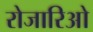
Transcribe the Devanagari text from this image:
रोजारिओ